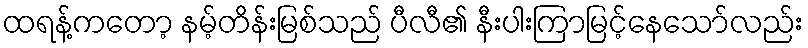
ထရန့်ကတော့ နမ့်တိန်းမြစ်သည် ပီလီ၏ နီးပါးကြာမြင့်နေသော်လည်း